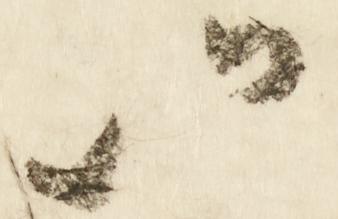
以